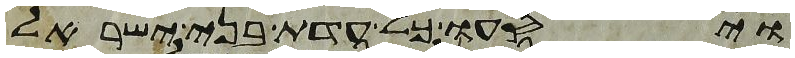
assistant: ויסעו כל עדת בני ישראל